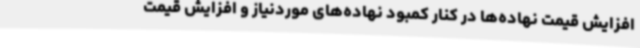
افزایش قیمت نهاده‌ها در کنار کمبود نهاده‌های موردنیاز و افزایش قیمت